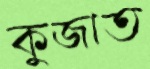
কুজাত